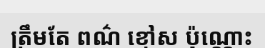
ត្រឹមតែ ពណ៌ ខ្មៅស ប៉ុណ្ណោះ